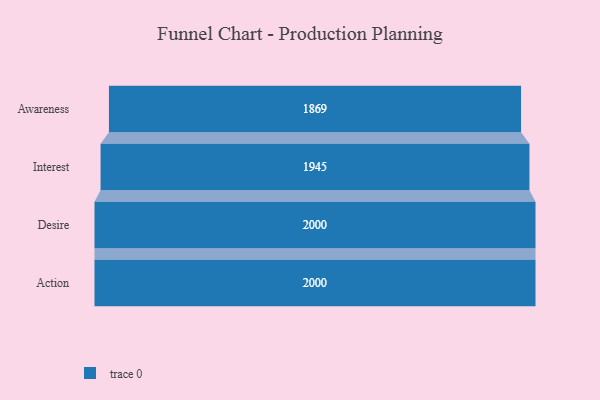
{"axis": {"x": "Stage", "y": "Value"}, "legend": [""], "data": [{"x": "Awareness", "y": 1869.0, "type": ""}, {"x": "Interest", "y": 1945.0, "type": ""}, {"x": "Desire", "y": 2000, "type": ""}, {"x": "Action", "y": 2000, "type": ""}]}